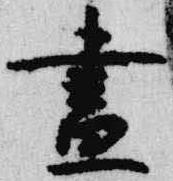
昼